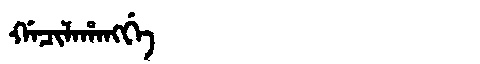
Manchu: ᡤᠠᠴᡳᠯᠠᡥᠠᠩᡤᡝ
Romanization: GACILAHANGGE